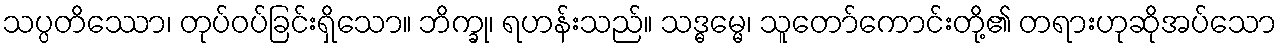
သပ္ပတိဿော၊ တုပ်ဝပ်ခြင်းရှိသော။ ဘိက္ခု၊ ရဟန်းသည်။ သဒ္ဓမ္မေ၊ သူတော်ကောင်းတို့၏ တရားဟုဆိုအပ်သော